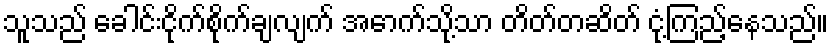
သူသည် ခေါင်းငိုက်စိုက်ချလျက် အောက်သို့သာ တိတ်တဆိတ် ငုံ့ကြည့်နေသည်။